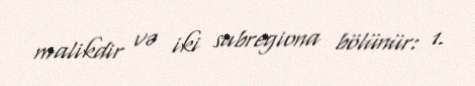
malikdir və iki subregiona bölünür: 1.